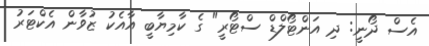
އެސް ދޯނީ: ދި އަންޓޯލްޑް ސްޓޯރީ" ގެ ކާމިޔާބީ އާއެކު ޒުވާން އެކްޓަރު